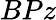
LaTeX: BPz